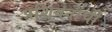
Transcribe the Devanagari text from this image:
प्रशियनांची